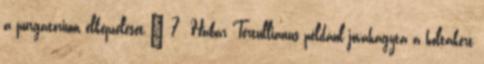
a purgatórium elképzelését.” 7 Habár Tertullianus például jóváhagyta a holtakért